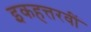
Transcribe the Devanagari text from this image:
इकहत्तरवीं